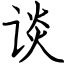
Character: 谈